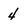
Character: 4